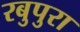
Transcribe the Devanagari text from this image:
रबुपुरा